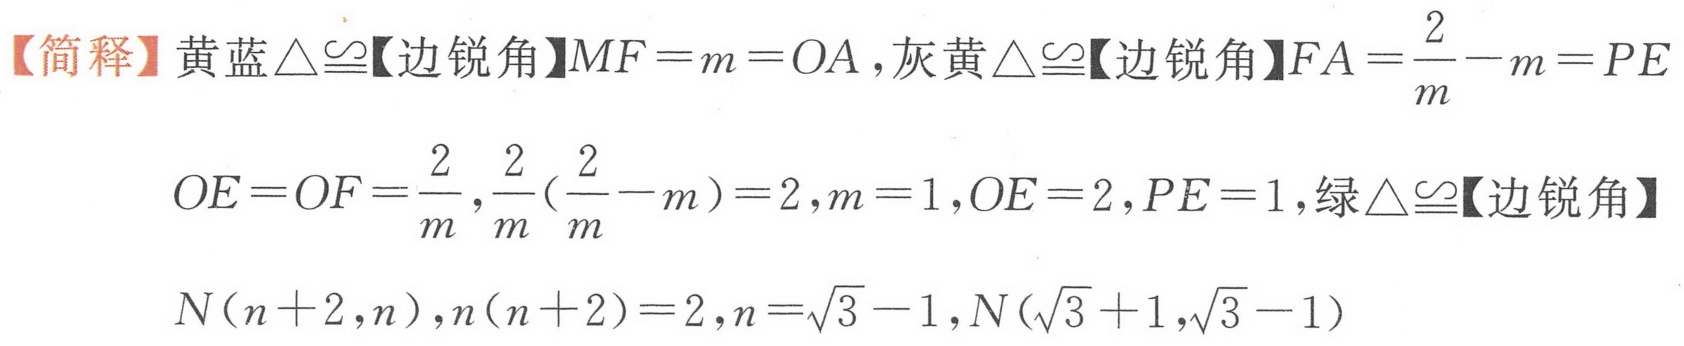
【简释】黄蓝\(\triangle\cong\)【边锐角】\(MF = m = OA\)，灰黄\(\triangle\cong\)【边锐角】\(FA=\dfrac{2}{m}-m = PE\)
\(OE = OF=\dfrac{2}{m},\dfrac{2}{m}(\dfrac{2}{m}-m)=2,m = 1,OE = 2,PE = 1\)，绿\(\triangle\cong\)【边锐角】
\(N(n + 2,n),n(n + 2)=2,n=\sqrt{3}-1,N(\sqrt{3}+1,\sqrt{3}-1)\)